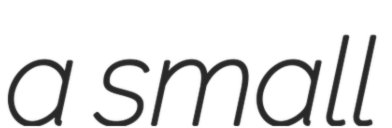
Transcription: a small